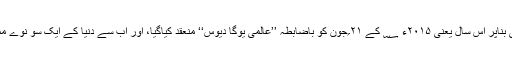
حکومت ہند کی طرف سے پیش قدمی کی بناپر اس سال یعنی ۲۰۱۵ء ؁ کے ۲۱؍جون کو باضابطہ ’’عالمی یوگا دیوس‘‘ منعقد کیاگیا، اور اب سے دنیا کے ایک سو نوے ممالک میں ہرسال یوگا ڈے منایا جائے گا۔